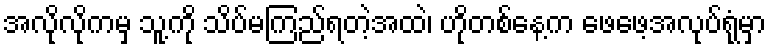
အလိုလိုကမှ သူ့ကို သိပ်မကြည်ရတဲ့အထဲ၊ ဟိုတစ်နေ့က ဖေဖေ့အလုပ်ရုံမှာ